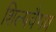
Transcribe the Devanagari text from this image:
शिल्पवैभव